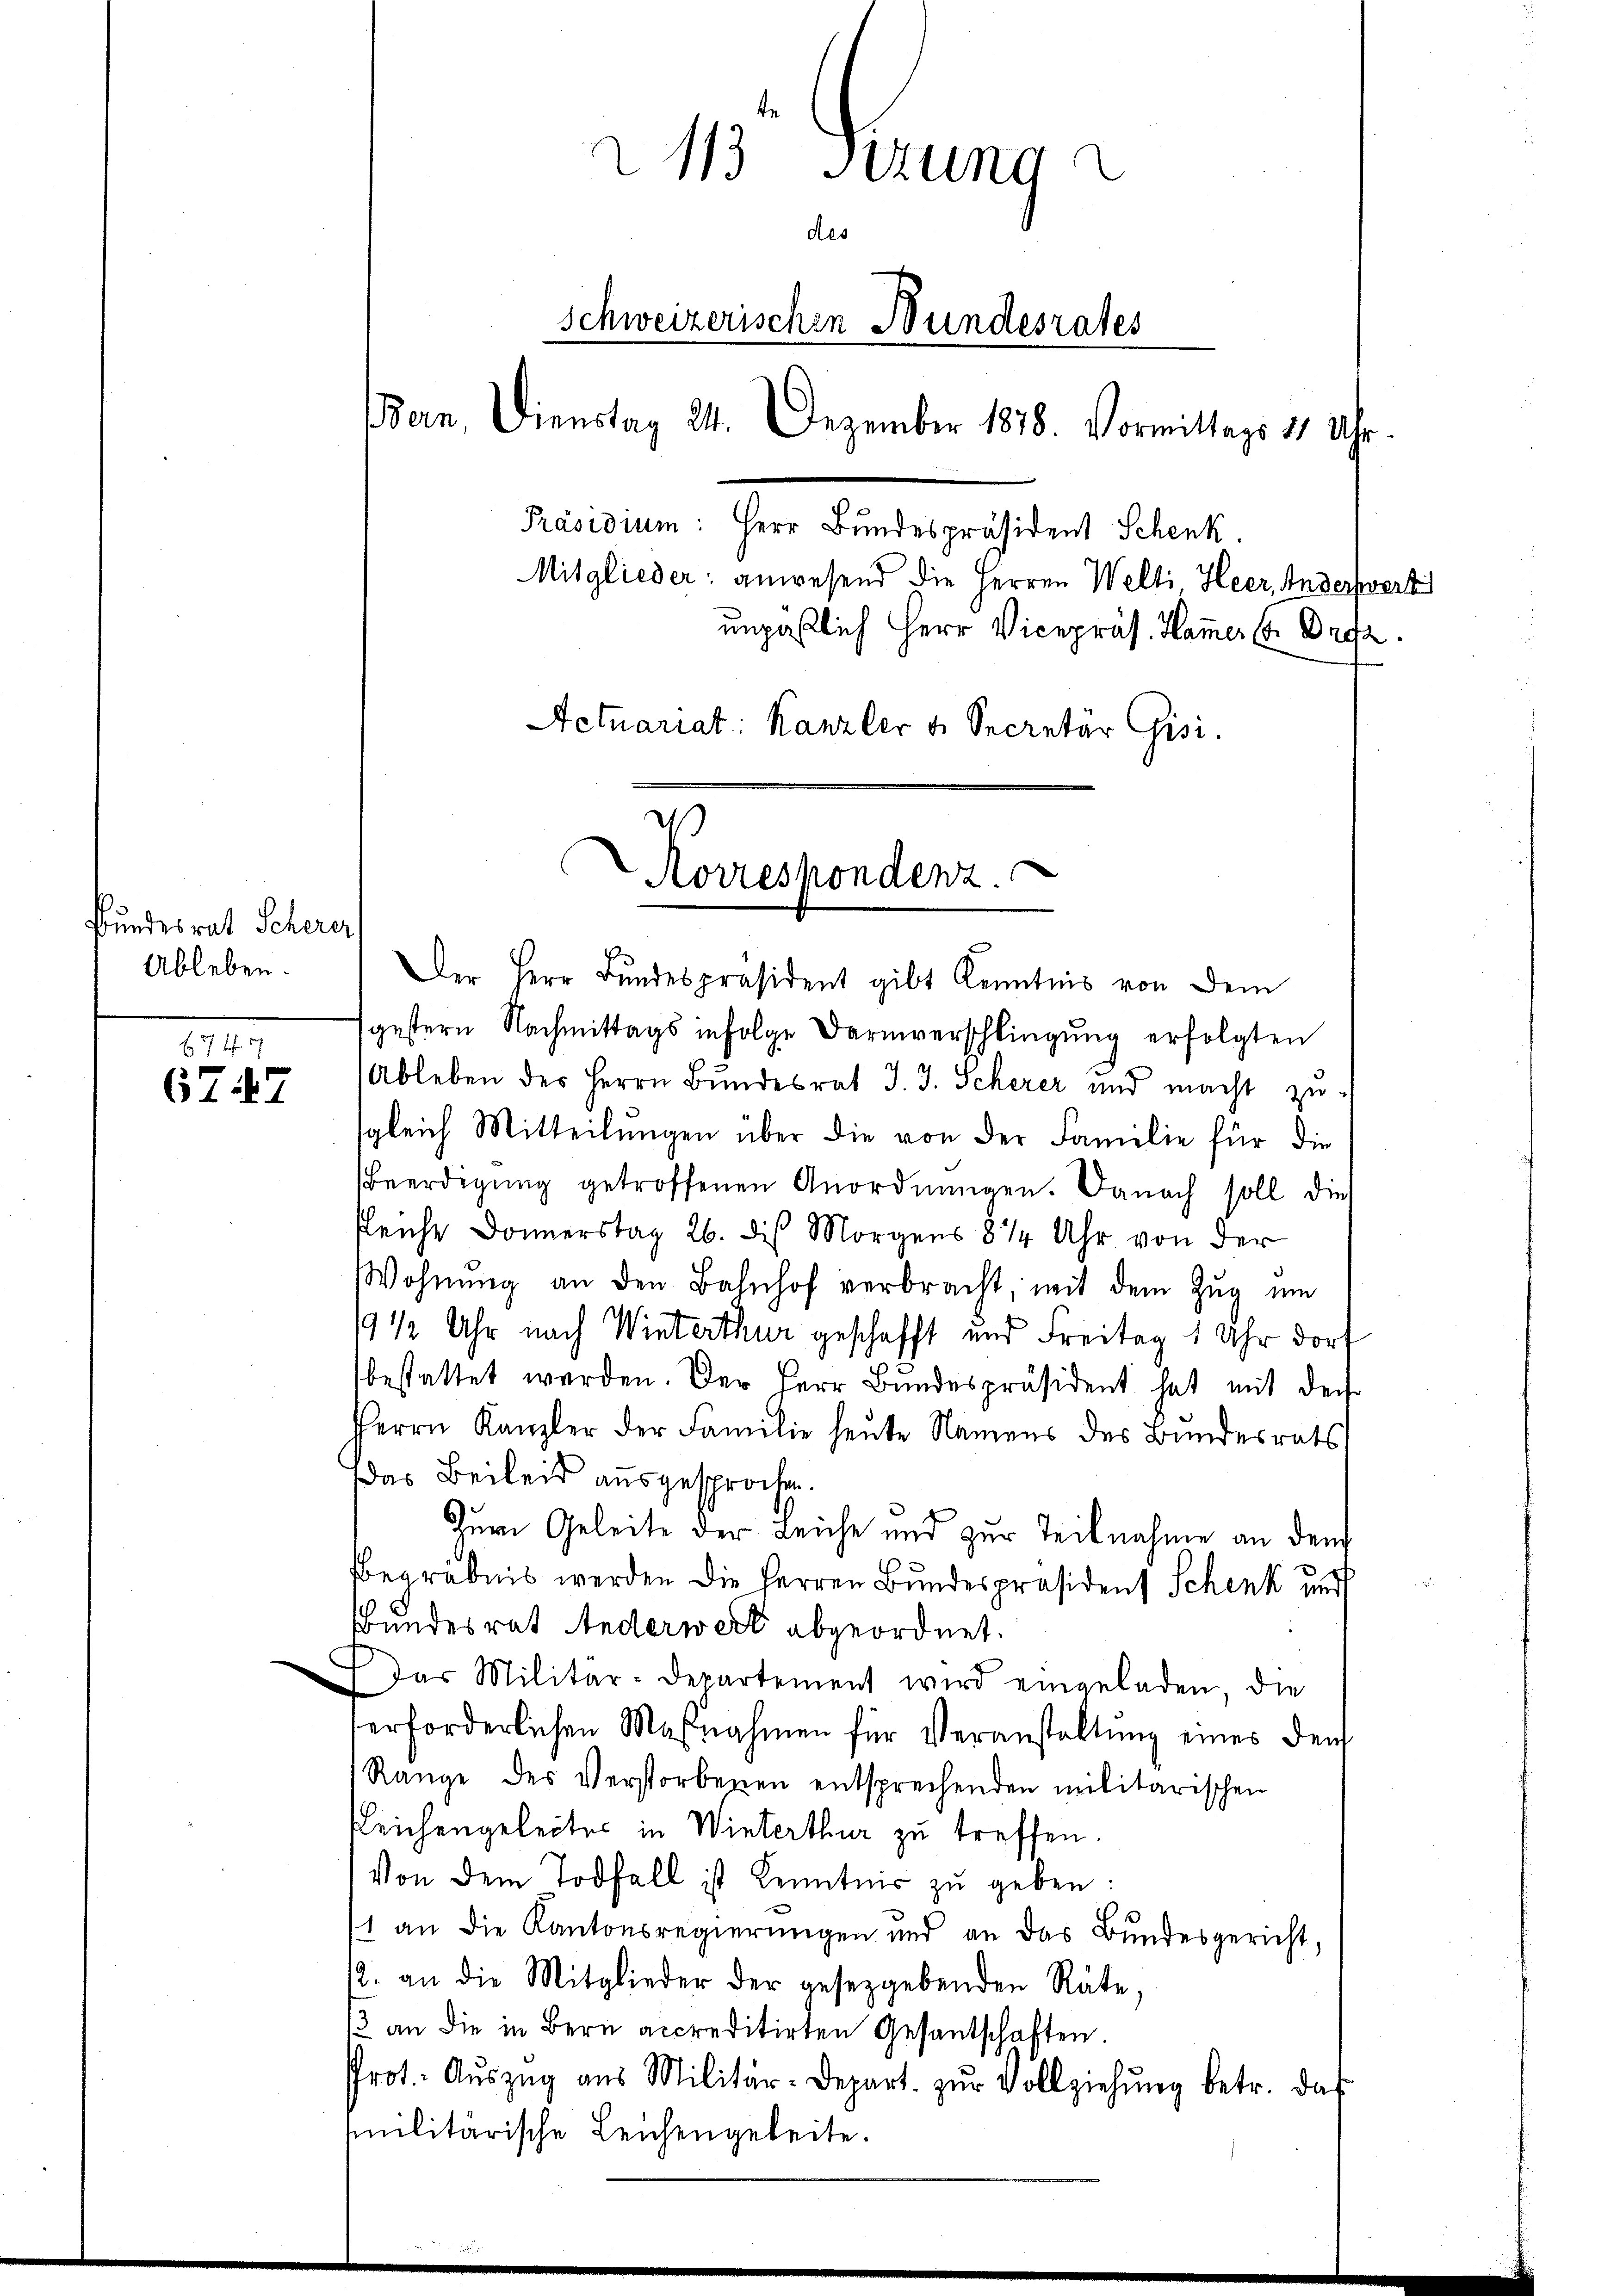
Bundesrat Scherer
Ableben.

f
6747

Der Herr Bundespräsident gibt Kenntnis von dem
gestern Nachmittags infolge Darmverschlingŭng erfolgten
Ableben des Herrn Bŭndesrat J. J. Scherer und macht zŭ-
sgleich Mitteilŭngen über die von der Familie für die
Beerdigung getroffenen Anordnungen. Danach soll dies
Reiche Donnerstag 26. dis Morgens 844 Uhr von der
Wohnŭng an den Bahnhof verbracht, mit dem Zŭg ŭm
9 1/2 Uhr nach Winterthur geschafft und Freitag 1 Uhr dort
bestattet werden. Der Herr Bŭndespräsident hat mit der
Herrn Kanzler der Familie heute Namens des Bundesrats
Das Beileid ausgesproche.
Zum Geleite der Leiche und zur Teilnahme an dem
begräbnis werden die Herren Bundespräsident Schenk und
Bundesrat Anderwerk abgeordnet.
Das Militär-Departement wird eingeladen die
erforderlichen Maβnahmen für Veranstaltung eines den
Range des Verstorbenen entsprechenden militarischen
Gleichengeleites in Winterthur zu treffen.
Von dem Todfall ist Kenntnis zu geben:
1 an die Kantonsregierŭngen und an das Bundesgericht,
12. an die Mitglieder der gesetzgebenden Räte,
13 an die in Bern accreditirten Gesandschaften
Prot. Aŭszŭg aŭs Militär-Depart. zŭr Vollziehung betr. das
militärische Leichengeleite.

2113 sizung
de.
Schweizerischen Bundesrates
Bern Dienstag 24. Dezember 1878. Vormittags 11 Uhr
Präsidium: Herr Bundespräsident Schenk.
Mitglieder: anwesend die Herren Welti Heer, Anderswert
unpaßlich Herr Vicepräs. Hammer 6. Orga
Actuariat: Kanzler u. Secretär Gisi

Korrespondenz.